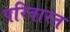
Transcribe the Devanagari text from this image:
परिवारत